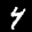
Label: 4